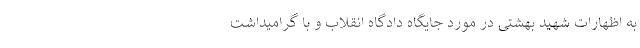
به اظهارات شهید بهشتی در مورد جایگاه دادگاه انقلاب و با گرامیداشت